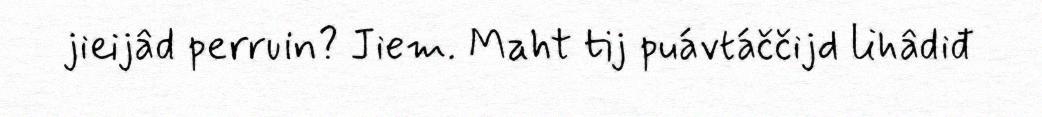
jieijâd perruin? Jiem. Maht tij puávtáččijd lihâdiđ